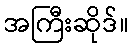
အကြီးဆိုဒ်။